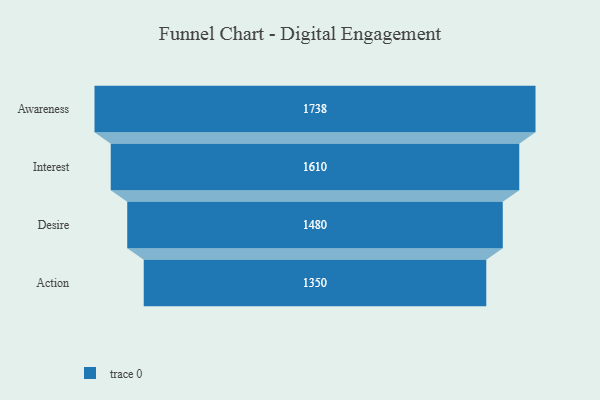
{"axis": {"x": "Stage", "y": "Value"}, "legend": [""], "data": [{"x": "Awareness", "y": 1738.0, "type": ""}, {"x": "Interest", "y": 1610.0, "type": ""}, {"x": "Desire", "y": 1480.0, "type": ""}, {"x": "Action", "y": 1350.0, "type": ""}]}